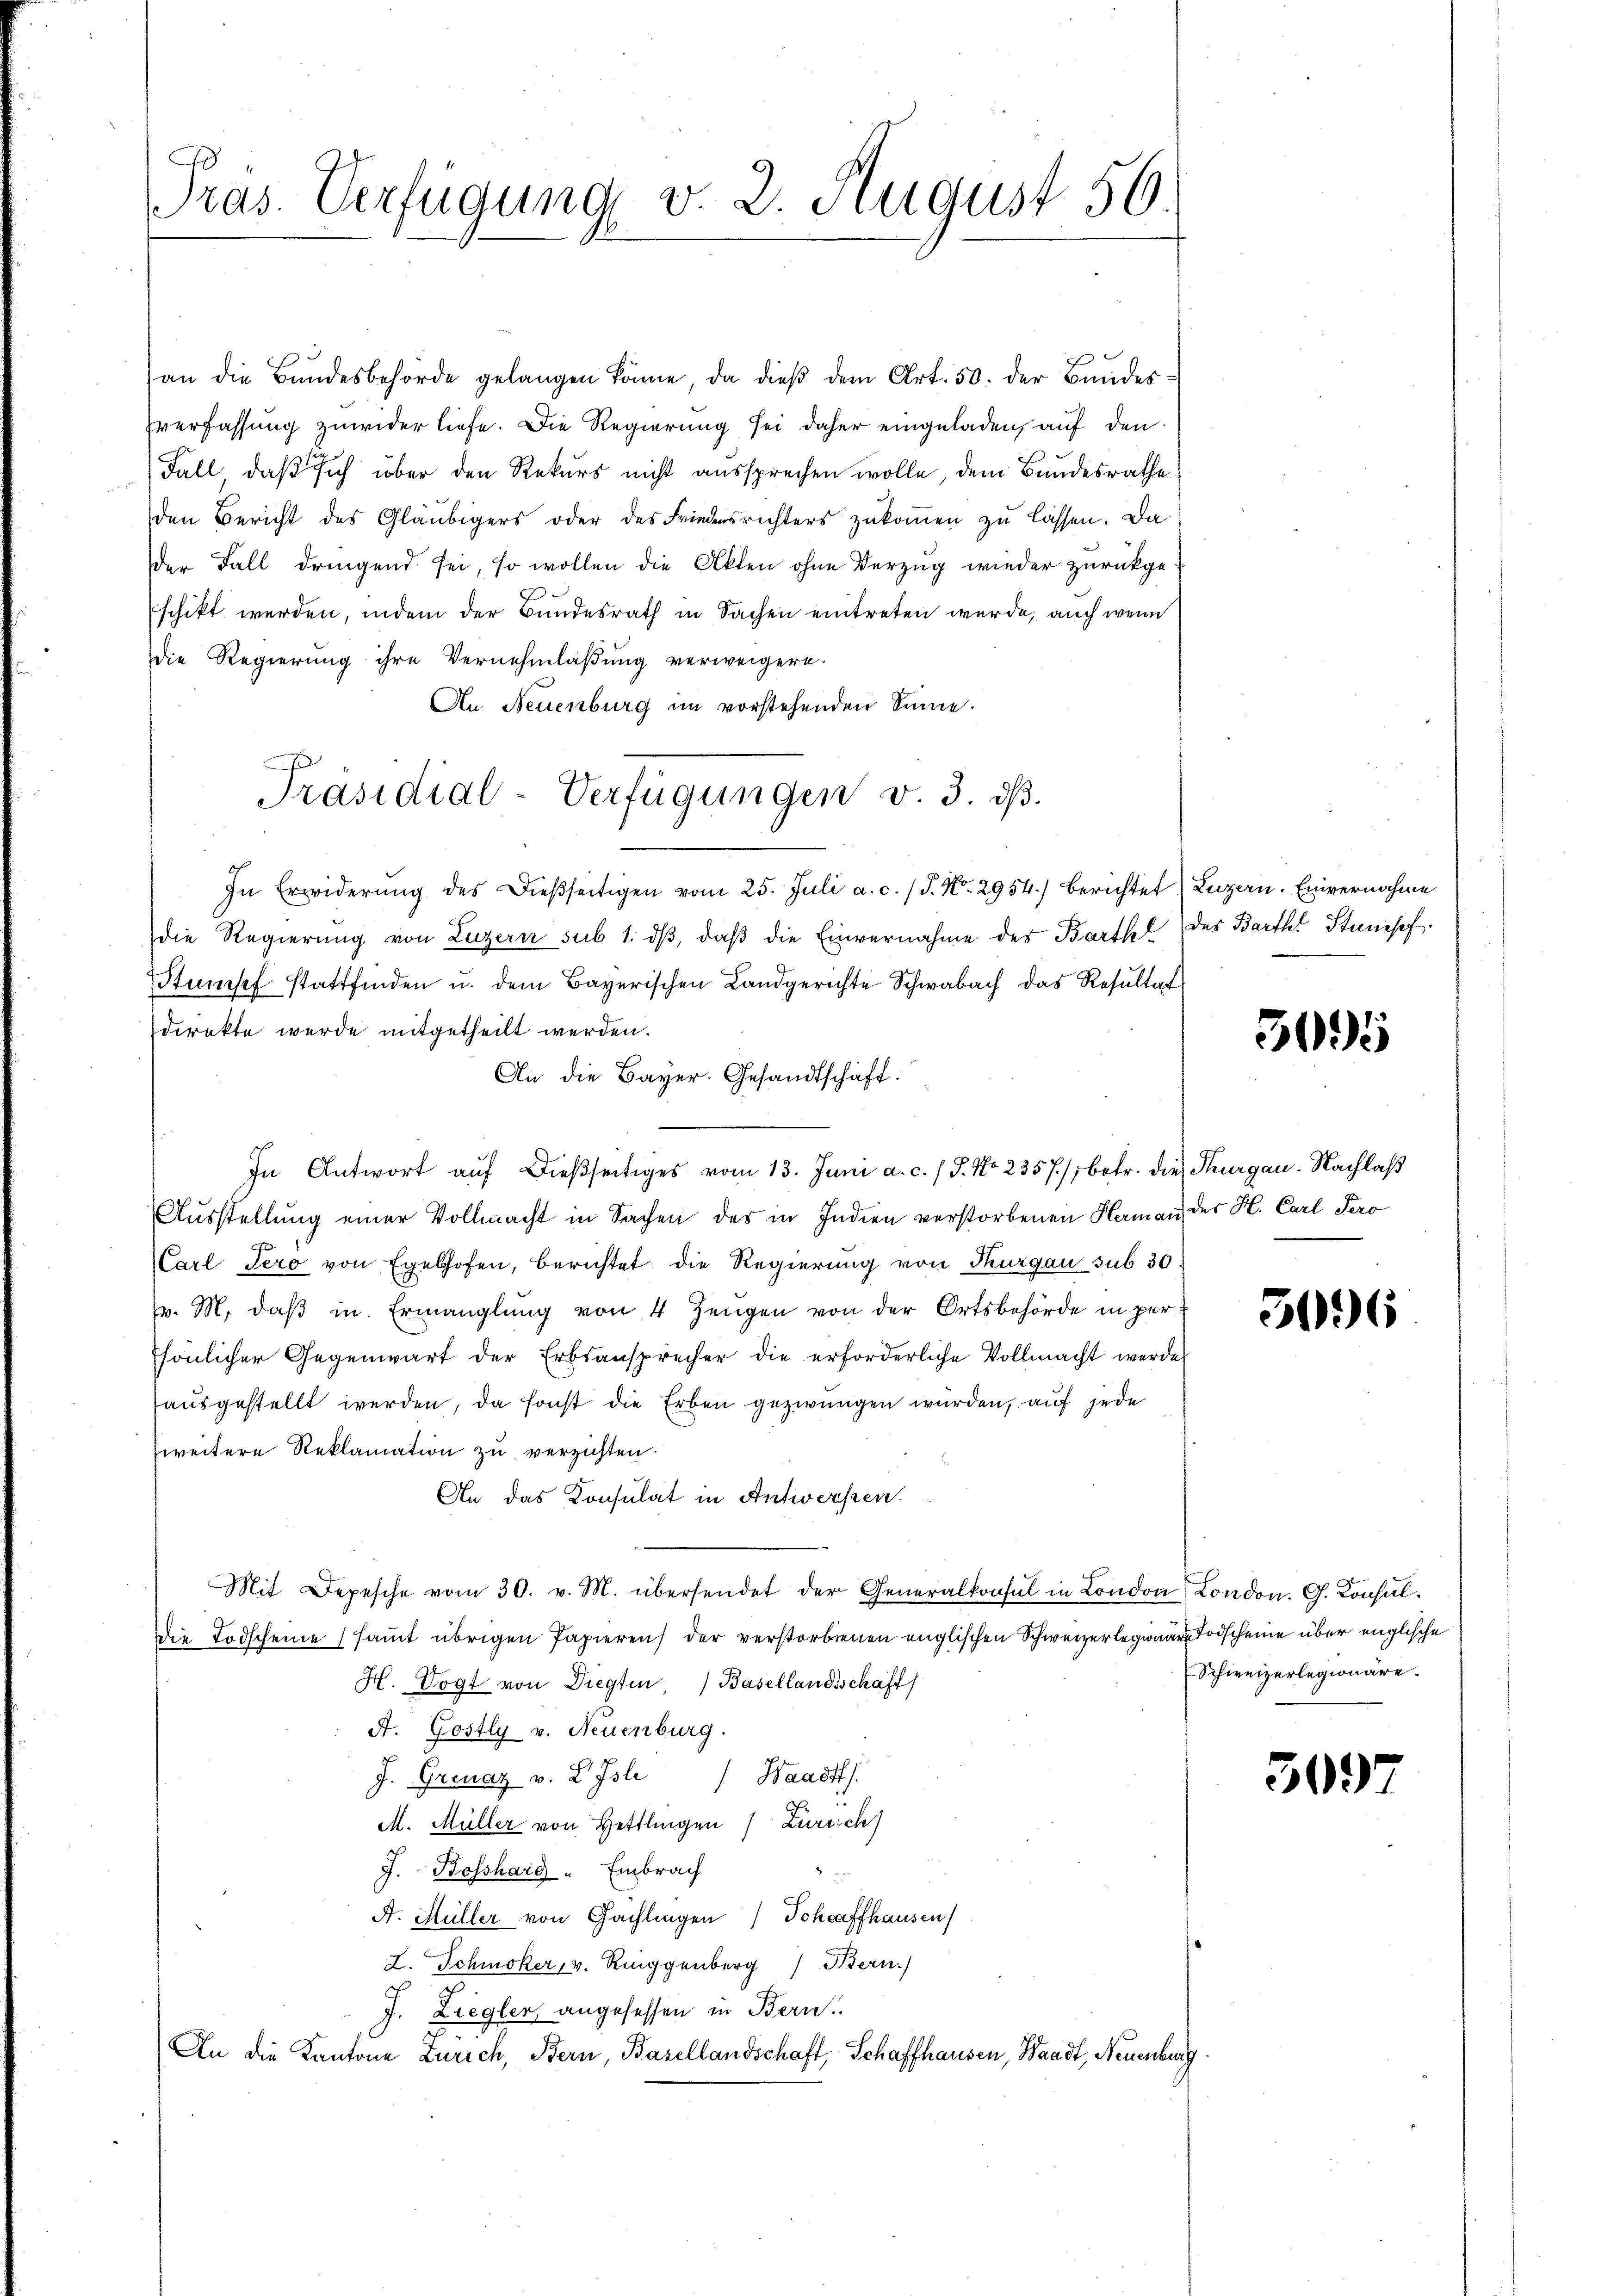
G
Pras. Verfügung v. 2. August 56.

an die Bŭndesbehörde gelangen könne, da dieβ dem Art. 50. der Bandesverfassung zuwider liefe. Die Regierung sei daher eingeladen, auf den
Fall, daß sich über den Rekurs nicht aussprechen wolle, dem Bundesrathe
den Bericht des Gläubigers oder des Friedensrichters zŭkoṁen zu lassen. Da
der Fall dringend sei, so wollen die Akten ohne Verzug wieder zurückgeschikt werden, indem der Bundesrath in Sachen eintreten wurde, auch wenn
Die Regierung ihre Vernehmlaßung verweigern.
An Neuenburg im vorstehenden Sinne.
In Erwiderŭng des dießseitigen vom 25. Juli a. c. / J. No. 2954.) Berichtet (Luzern. Einvernahme
die Regierung von Luzern sub 1. dβ, daß die Einvernahme des Barthel des Barth. Stunisch
Stumpf stattfinden u. dem Bayerischen Landgerichte Schwabach das Resŭltat
direkte wurde mitgetheilt werden.
An die Bayer. Gesandtschaft.
In Antwort aŭf dießseitiges vom 13. Juni a. c. / J. No. 2357); betr. die Thurgau. Nachlaß
Ausstellung einer Vollmacht in Sachen des in Indien verstorbenen Haman der H. Carl Pero
Carl Jero von Egelhofen, berichtet die Regierung von Thurgau sub 30.
v. M. daβ in Ermanglung von 4 Zeugen von der Ortsbehörde in per
sönlicher Gegenwart der Erbsansprecher die erforderliche Vollmacht werde
ausgestellt werden, da sonst die Erben gezwungen wurden, auf jede
zweitere Reklamation zu verzichten.
An das Konsulat in Antworfen.
Mit Depesche vom 30. v. M. übersendet der Generalkonsul in London London. G. Konsul¬
Die Todscheine (samt übrigen Papieren der verstorbenen englischen Schweizerlegionare Todscheine über englische
H. Vogt von Diegten, Basellandschaft
A. Gostly v. Neuenburg.
J. Grenaz v. 2. Isle Waadt
M. Müller von Hettlingen ) Zureich
J. Bosshard " Embrach
A. Müller von Gachlingen Schaffhausen
L. Schmoker, v. Ringgenberg Bern.)
J. Ziegler, angesessen in Bern.
An die Kantone Zürich, Bern, Basellandschaft, Schaffhausen, Waadt, Neuenburg

Präsidial-Verfügungen v. 3. dß.

5095

5096

Schweizerlegionäre.

503